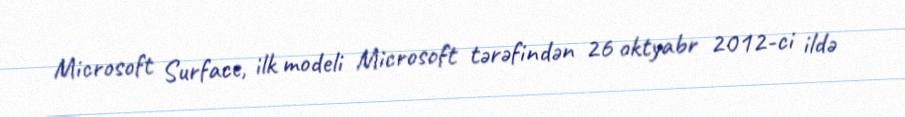
Microsoft Surface, ilk modeli Microsoft tərəfindən 26 oktyabr 2012-ci ildə